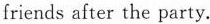
friends after the party.